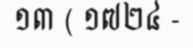
១៣ ( ១៧២៤ -